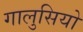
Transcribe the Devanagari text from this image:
गालुसियो